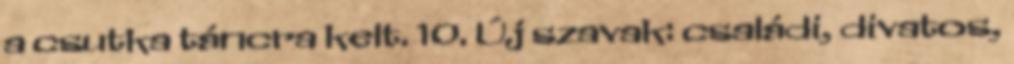
a csutka táncra kelt. 10. Új szavak: családi, divatos,